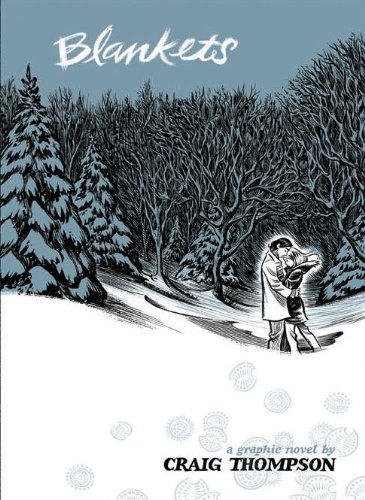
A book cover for Blankets; Craig Thompson; Comics & Graphic Novels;